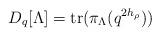
LaTeX: \begin{align*}D_q[\Lambda]={\rm tr}(\pi_{\Lambda}(q^{2h_\rho}))\end{align*}